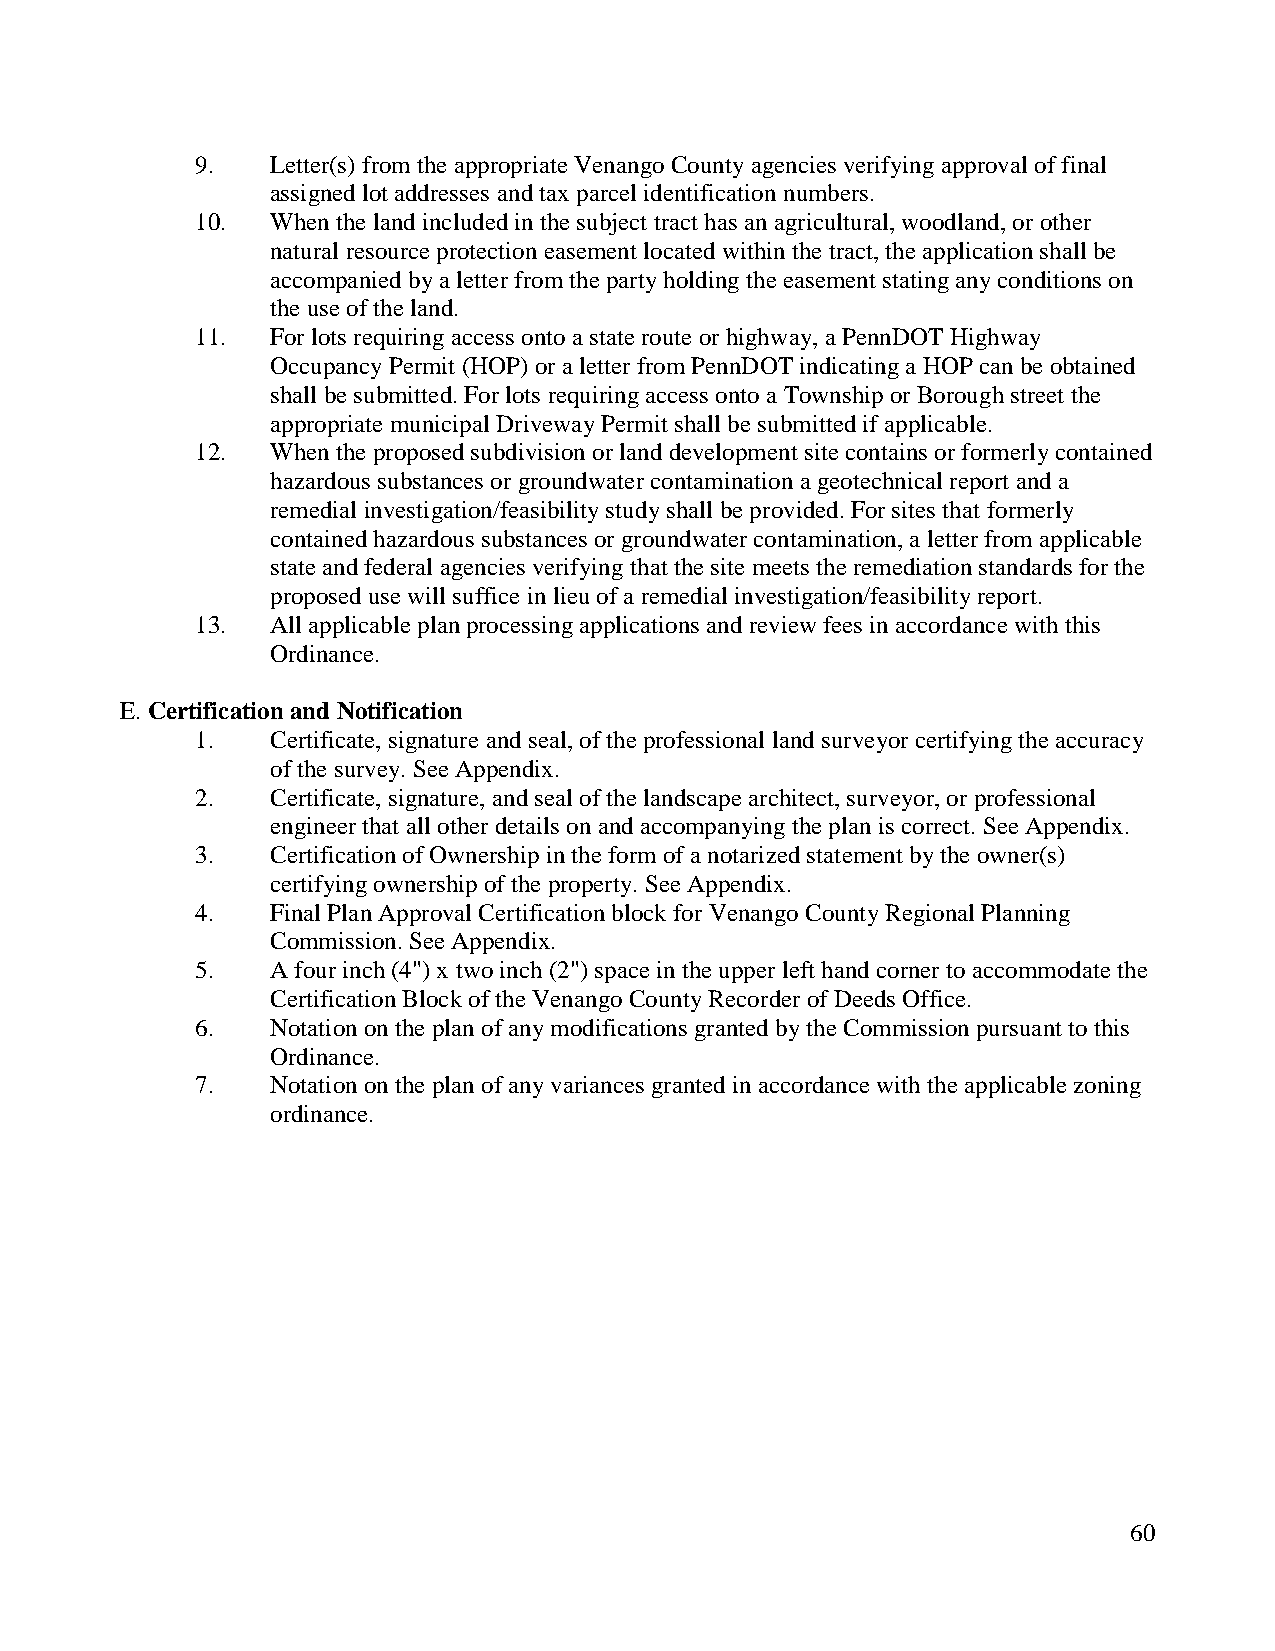
9.   Letter(s) from the appropriate Venango County agencies verifying approval of final
 assigned lot addresses and tax parcel identification numbers.
 10.  When the land included in the subject tract has an agricultural, woodland, or other
 natural resource protection easement located within the tract, the application shall be
 accompanied by a letter from the party holding the easement stating any conditions on
 the use of the land.
 11.  For lots requiring access onto a state route or highway, a PennDOT Highway
 Occupancy Permit (HOP) or a letter from PennDOT indicating a HOP can be obtained
 shall be submitted. For lots requiring access onto a Township or Borough street the
 appropriate municipal Driveway Permit shall be submitted if applicable.
 12.  When the proposed subdivision or land development site contains or formerly contained
 hazardous substances or groundwater contamination a geotechnical report and a
 remedial investigation/feasibility study shall be provided. For sites that formerly
 contained hazardous substances or groundwater contamination, a letter from applicable
 state and federal agencies verifying that the site meets the remediation standards for the
 proposed use will suffice in lieu of a remedial investigation/feasibility report.
 13.  All applicable plan processing applications and review fees in accordance with this
 Ordinance.
 E. Certification and Notification
 1.   Certificate, signature and seal, of the professional land surveyor certifying the accuracy
 of the survey. See Appendix.
 2.   Certificate, signature, and seal of the landscape architect, surveyor, or professional
 engineer that all other details on and accompanying the plan is correct. See Appendix.
 3.   Certification of Ownership in the form of a notarized statement by the owner(s)
 certifying ownership of the property. See Appendix.
 4.   Final Plan Approval Certification block for Venango County Regional Planning
 Commission. See Appendix.
 5.   A four inch (4") x two inch (2") space in the upper left hand corner to accommodate the
 Certification Block of the Venango County Recorder of Deeds Office.
 6.   Notation on the plan of any modifications granted by the Commission pursuant to this
 Ordinance.
 7.   Notation on the plan of any variances granted in accordance with the applicable zoning
 ordinance.
 60